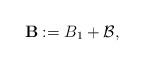
LaTeX: \begin{align*}{\bf B} := B_1 + \mathcal{B},\end{align*}